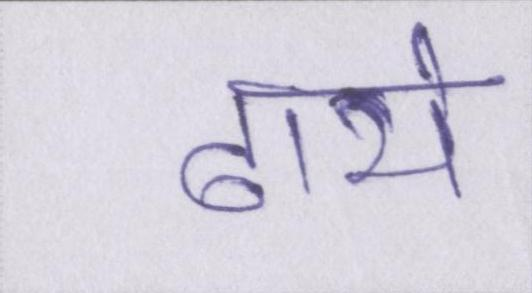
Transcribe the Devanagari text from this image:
ढाये